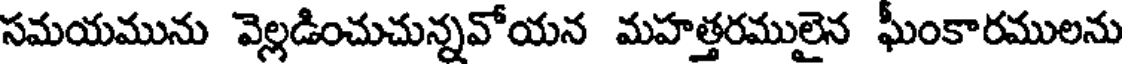
సమయమును వెల్లడించుచున్నవోయన మహత్తరములైన ఘీంకారములను